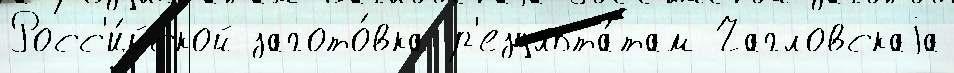
Росс'и́йской загото́вка р'езульта́там Чагловскаjа